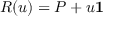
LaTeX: R ( u ) = P + u \mathbf { 1 }